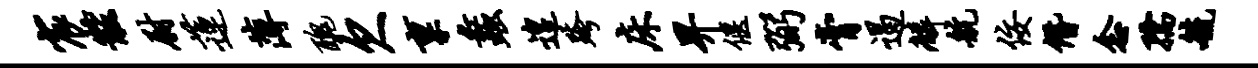
宸黻尉莲薄丑欠禀蠡遑跨床畀偃弼膏遏麟航佞僭念孺毓